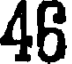
46